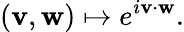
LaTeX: (\mathbf{v},\mathbf{w})\mapsto e^{i\mathbf{v}\cdot\mathbf{w}}.